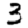
Digit: 3